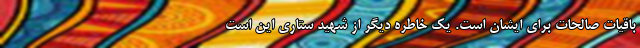
باقیات صالحات برای ایشان است. یک خاطره دیگر از شهید ستاری این است